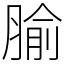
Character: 腧